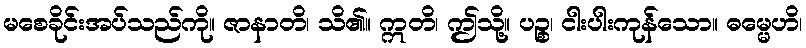
မစေခိုင်းအပ်သည်ကို။ ဇာနာတိ၊ သိ၏။ ဣတိ၊ ဤသို့။ ပဉ္စ၊ ငါးပါးကုန်သော။ ဓမ္မေဟိ၊